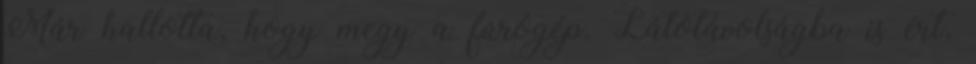
Már hallotta, hogy megy a fúrógép. Látótávolságba is ért,